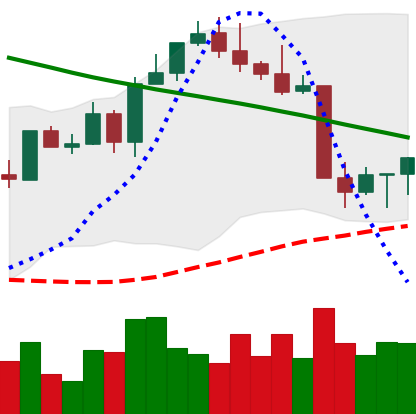
Ticker: ETH-USD
Chart end date: 2022-08-23
Forward return: -13.966%
Label: down_7plus